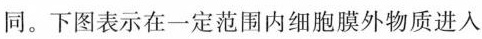
同。下图表示在一定范围内细胞膜外物质进入